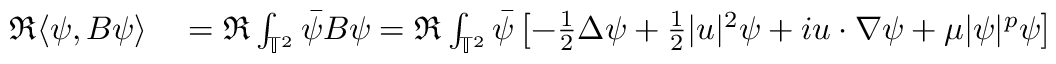
\begin{array} { r l } { \Re \langle \psi , B \psi \rangle } & { { } = \Re \int _ { \mathbb { T } ^ { 2 } } \Bar { \psi } B \psi = \Re \int _ { \mathbb { T } ^ { 2 } } \Bar { \psi } \left[ - \frac { 1 } { 2 } \Delta \psi + \frac { 1 } { 2 } \lvert u \rvert ^ { 2 } \psi + i u \cdot \nabla \psi + \mu \lvert \psi \rvert ^ { p } \psi \right] } \end{array}